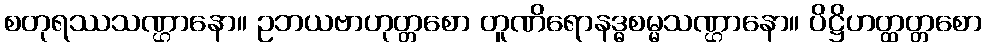
စတုရဿသဏ္ဌာနော။ ဥဘယဗာဟုတ္တစော တူဏိရောနဒ္ဓစမ္မသဏ္ဌာနော။ ပိဋ္ဌိဟတ္ထတ္တစော